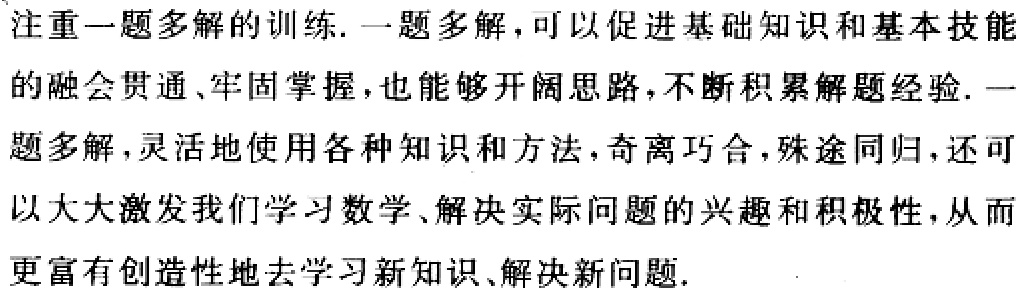
注重一题多解的训练. 一题多解，可以促进基础知识和基本技能的融会贯通、牢固掌握，也能够开阔思路，不断积累解题经验. 一题多解，灵活地使用各种知识和方法，奇离巧合，殊途同归，还可以大大激发我们学习数学、解决实际问题的兴趣和积极性，从而更富有创造性地去学习新知识、解决新问题.